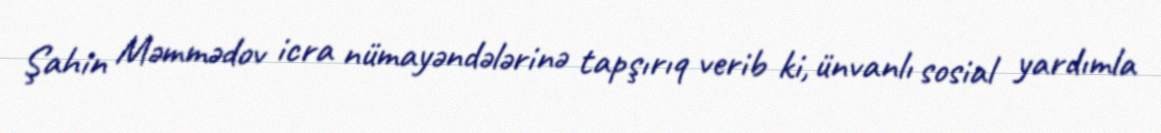
Şahin Məmmədov icra nümayəndələrinə tapşırıq verib ki, ünvanlı sosial yardımla